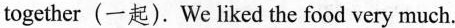
together (一起).We liked the food very much.